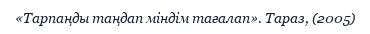
«Тарпаңды таңдап міндім тағалап». Тараз, (2005)